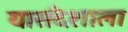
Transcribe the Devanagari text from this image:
यासंदेशाला